Vaccination Hyderabad 1872-1889 - 1872-1889
Year: 1872
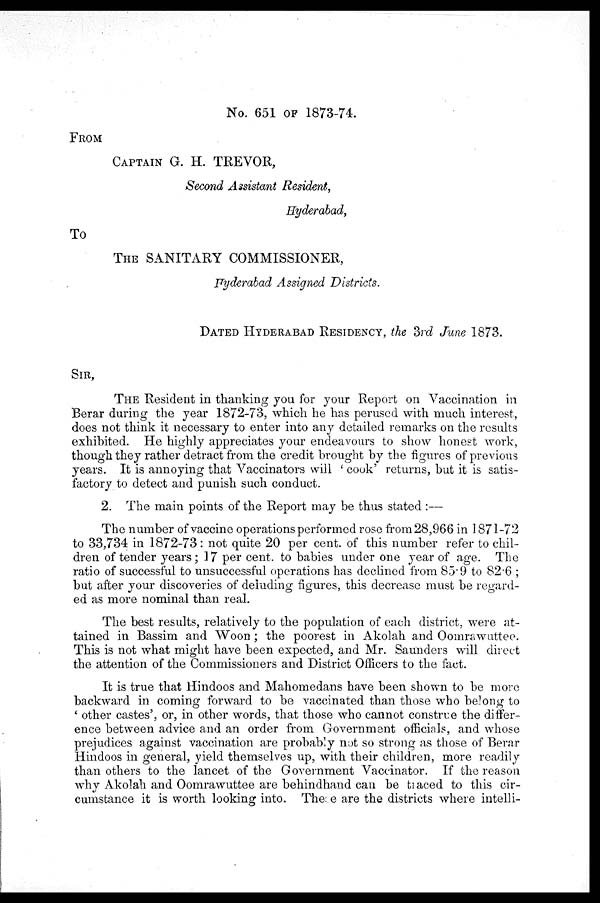
No. 651 OF 1873-74.
FROM
CAPTAIN G. H. TREVOR,
Second Assistant Resident,
Hyderabad,
To
THE SANITARY COMMISSIONER,
Hyderabad Assigned Districts.
DATED HYDERABAD RESIDENCY, the 3rd June 1873.
SIR,
THE Resident in thanking you for your Report on Vaccination in
Berar during the year 1872-73, which he has perused with much interest,
does not think it necessary to enter into any detailed remarks on the results
exhibited. He highly appreciates your endeavours to show honest work,
though they rather detract from the credit brought by the figures of previous
years. It is annoying that Vaccinators will ' cook' returns, but it is satis-
factory to detect and punish such conduct.
2. The main points of the Report may be thus stated :—
The number of vaccine operations performed rose from 28,966 in 1871-72
to 33,734 in 1872-73: not quite 20 per cent. of this number refer to chil-
dren of tender years; 17 per cent. to babies under one year of age. The
ratio of successful to unsuccessful operations has declined from 85.9 to 82.6 ;
but after your discoveries of deluding figures, this decrease must be regard-
ed as more nominal than real.
The best results, relatively to the population of each district, were at-
tained in Bassim and Woon; the poorest in Akolah and Oomrawuttee.
This is not what might have been expected, and Mr. Saunders will direct
the attention of the Commissioners and District Officers to the fact.
It is true that Hindoos and Mahomedans have been shown to be more
backward in coming forward to be vaccinated than those who belong to
' other castes', or, in other words, that those who cannot construe the differ-
ence between advice and an order from Government officials, and whose
prejudices against vaccination are probably not so strong as those of Berar
Hindoos in general, yield themselves up, with their children, more readily
than others to the lancet of the Government Vaccinator. If the reason
why Akolah and Oomrawuttee are behindhand can be traced to this cir-
cumstance it is worth looking into. The: e are the districts where intelli-